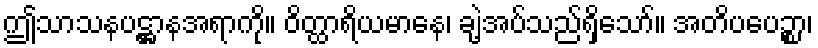
ဤသာသနပဋ္ဌာနအရာကို။ ဝိတ္ထာရိယမာနေ၊ ချဲ့အပ်သည်ရှိသော်။ အတိပပေဉ္စာ၊